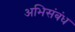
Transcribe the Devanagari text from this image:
अभिसंबंध